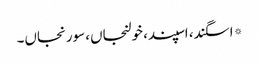
*اسگند، اسپند، خولنجاں، سورنجاں۔